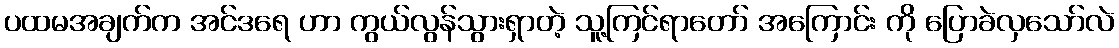
ပထမအချက်က အင်ဒရေ ဟာ ကွယ်လွန်သွားရှာတဲ့ သူ့ကြင်ရာတော် အကြောင်း ကို ပြောခဲလှသော်လဲ